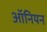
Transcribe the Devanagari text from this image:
ऑनियन